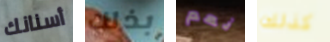
أسنانك بذلك نعم كذلك